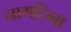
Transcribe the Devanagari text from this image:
नागटिब्बा